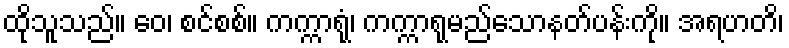
ထိုသူသည်။ ဝေ၊ စင်စစ်။ ကက္ကာရုံ၊ ကက္ကာရုမည်သောနတ်ပန်းကို။ အရဟတိ၊